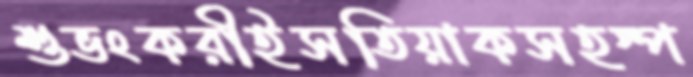
শুভংকরীইসতিয়াকসহস্প